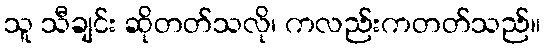
သူ သီချင်း ဆိုတတ်သလို၊ ကလည်းကတတ်သည်။